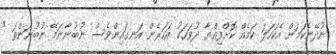
ނުދޭނެކަމަށް އެކަހަލަ ކަމެއް ކޮށްފިއްޔާ ދުވަހަކު އަހަރެން އަނގައިންވެސް ނުބުނާނަމޭ ނުބުނަންތަ "